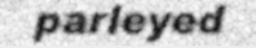
parleyed